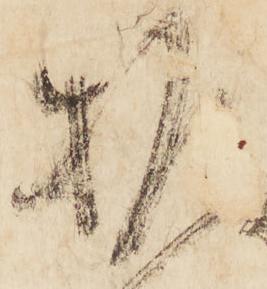
推